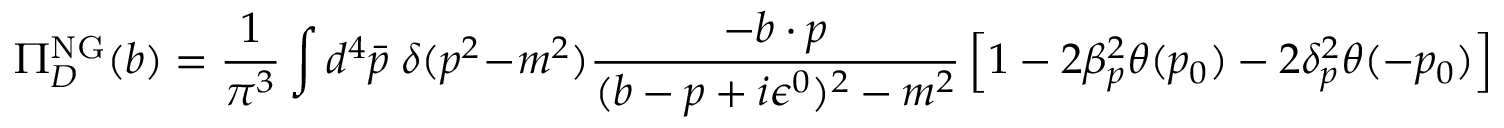
\Pi _ { D } ^ { \mathrm { N G } } ( b ) = \frac { 1 } { \pi ^ { 3 } } \int d ^ { 4 } \bar { p } \; \delta ( p ^ { 2 } - m ^ { 2 } ) \frac { - b \cdot p } { ( b - p + i \epsilon ^ { 0 } ) ^ { 2 } - m ^ { 2 } } \left[ 1 - 2 \beta _ { p } ^ { 2 } \theta ( p _ { 0 } ) - 2 \delta _ { p } ^ { 2 } \theta ( - p _ { 0 } ) \right]